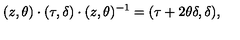
( z , \theta ) \cdot ( \tau , \delta ) \cdot ( z , \theta ) ^ { - 1 } = ( \tau + 2 \theta \delta , \delta ) ,